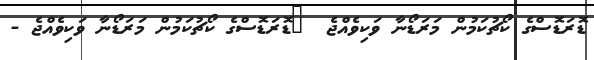
ޑޮރަޑޮސްގެ ކޯޗުކަމުން މަރަޑޯނާ ވަކިވެއްޖެ  	ޑޮރަޑޮސްގެ ކޯޗުކަމުން މަރަޑޯނާ ވަކިވެއްޖެ -